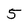
Character: 5